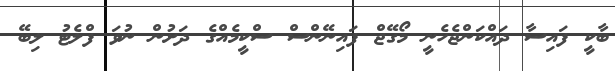
ބާކީ ފައިސާ ދައްކަންޖެހެނީ މޯގޭޖް ފައިނޭންސް ސްކީމެއްގެ ދަށުން ނުވަަ ފްލެޓު ލިބޭ